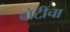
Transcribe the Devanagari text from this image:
बोटीचा